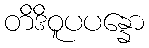
တိဒိဝူပပန္နော